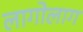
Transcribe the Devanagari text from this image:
लागोलाग